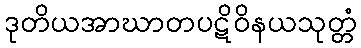
ဒုတိယအာဃာတပဋိဝိနယသုတ္တံ